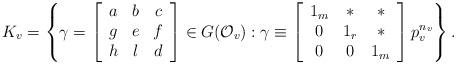
LaTeX: \begin{align*}K_v=\left\{\gamma=\left[\begin{array}{ccc}a & b & c\\g & e & f\\h & l & d\end{array}\right]\in G(\mathcal{O}_v):\gamma\equiv\left[\begin{array}{ccc}1_m & \ast & \ast\\0 & 1_r & \ast\\0 & 0 & 1_m\end{array}\right]p_v^{n_v}\right\}.\end{align*}